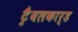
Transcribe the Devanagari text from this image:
ट्रैवलकार्ड